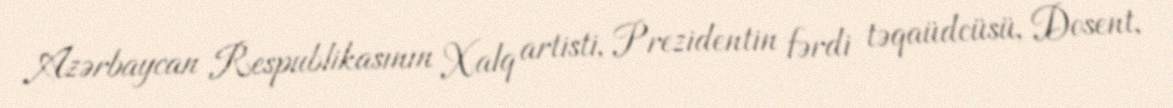
Azərbaycan Respublikasının Xalq artisti, Prezidentin fərdi təqaüdcüsü, Dosent,